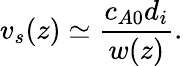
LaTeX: v_{s}(z)\simeq\frac{c_{A0}d_{i}}{w(z)}.